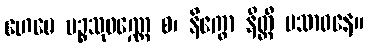
ဟေမေ ပဉ္စသုဝဏ္ဏေ စ၊ နိက္ခော နိတ္ထီ ပသာဓနေ။